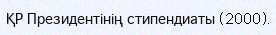
ҚР Президентінің стипендиаты (2000).